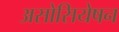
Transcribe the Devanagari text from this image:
असोसियेषन